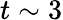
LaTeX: t\sim 3